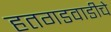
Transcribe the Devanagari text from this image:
हतगडवाडीचे